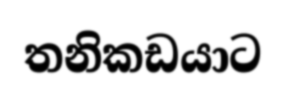
තනිකඩයාට